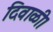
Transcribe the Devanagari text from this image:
दिवाळी।